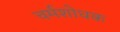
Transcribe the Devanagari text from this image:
चर्मशोधक